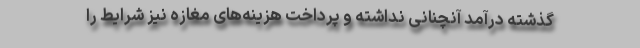
گذشته درآمد آنچنانی نداشته و پرداخت هزینه‌های مغازه نیز شرایط را